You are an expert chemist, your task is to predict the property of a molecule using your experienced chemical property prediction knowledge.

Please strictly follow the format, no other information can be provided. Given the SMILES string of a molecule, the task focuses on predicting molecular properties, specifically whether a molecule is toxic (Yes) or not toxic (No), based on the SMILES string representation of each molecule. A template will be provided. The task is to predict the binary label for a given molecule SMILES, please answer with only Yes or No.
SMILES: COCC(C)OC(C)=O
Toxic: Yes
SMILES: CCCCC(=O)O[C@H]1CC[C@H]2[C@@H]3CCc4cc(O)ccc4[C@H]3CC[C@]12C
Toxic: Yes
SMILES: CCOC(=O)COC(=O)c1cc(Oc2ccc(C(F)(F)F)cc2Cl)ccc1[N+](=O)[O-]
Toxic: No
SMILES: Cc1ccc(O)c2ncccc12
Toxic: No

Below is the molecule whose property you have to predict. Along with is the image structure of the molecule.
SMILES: FC(F)(F)C(F)(F)C(F)(F)C(F)(F)C(F)(F)C(F)(F)C(F)(F)C(F)(F)C(F)(F)C(F)(F)F
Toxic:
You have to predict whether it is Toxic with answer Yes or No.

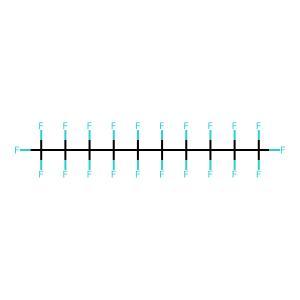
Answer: No